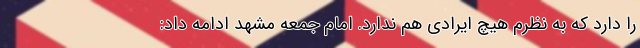
را دارد که به نظرم هیچ ایرادی هم ندارد. امام جمعه مشهد ادامه داد: